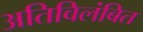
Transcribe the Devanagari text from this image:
अतिविलंबित